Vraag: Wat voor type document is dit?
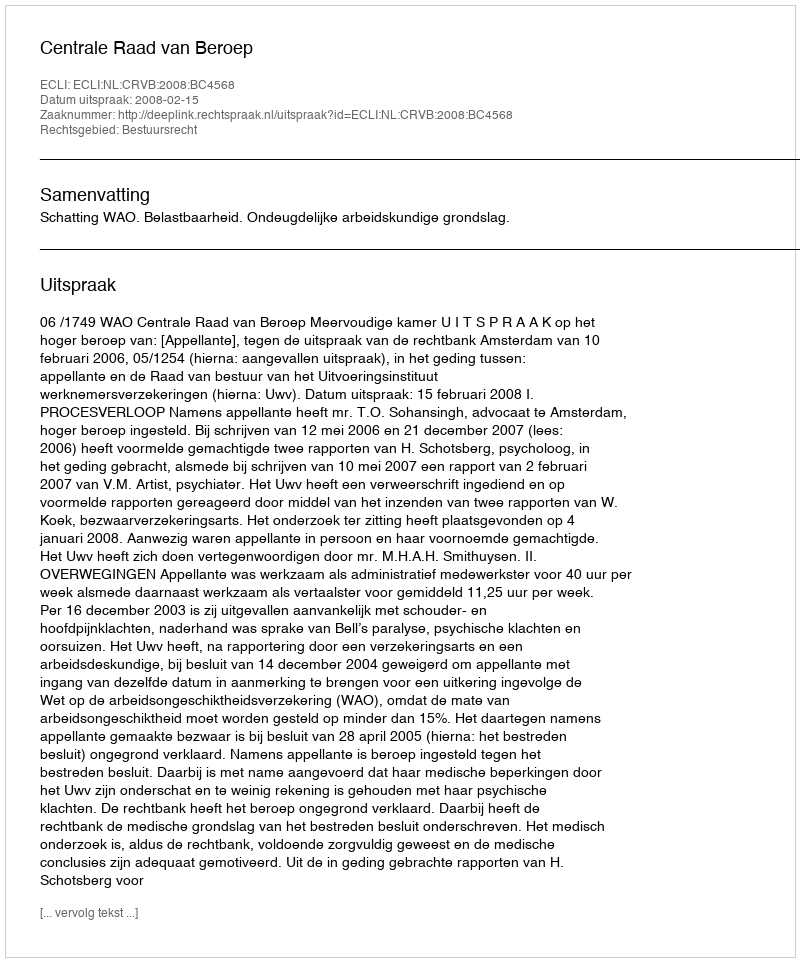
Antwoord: Uitspraak